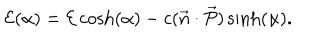
{ \cal { E } } ( \alpha ) = { \cal { E } } \cosh ( \alpha ) - c ( \vec { n } \cdot \vec { \cal { P } } ) \sinh ( \alpha ) .